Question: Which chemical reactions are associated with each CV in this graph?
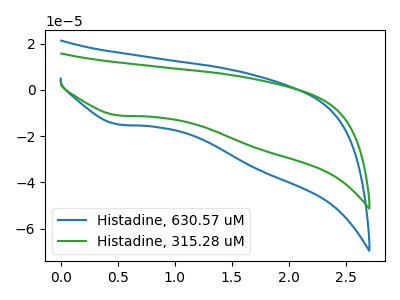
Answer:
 <answer>The blue curve is labeled "Histadine, 630.57 uM". The green curve is labeled "Histadine, 315.28 uM".</answer>
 <eval></eval>